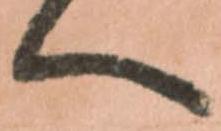
へ